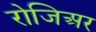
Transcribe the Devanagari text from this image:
रोजिअर